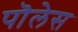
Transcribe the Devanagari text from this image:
पॊलेस